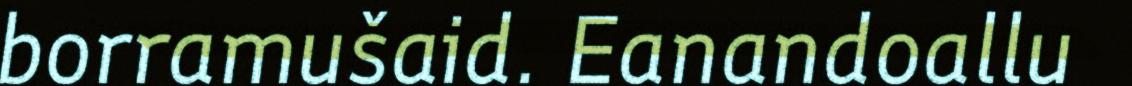
borramušaid. Eanandoallu